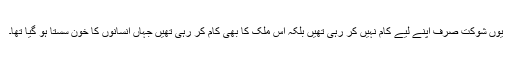
یوں شوکت صرف اپنے لیے کام نہیں کر رہی تھیں بلکہ اس ملک کا بھی کام کر رہی تھیں جہاں انسانوں کا خون سستا ہو گیا تھا۔